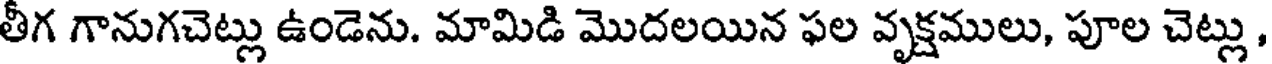
తీగ గానుగచెట్లు ఉండెను. మామిడి మొదలయిన ఫల వృక్షములు, పూల చెట్లు ,